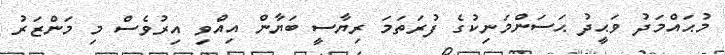
މުޙައްމަދު ވަޙީދު ޙަސަންމަނިކުގެ ފުރަތަމަ ރިޔާސީ ބަޔާން އިއްވި އިރުވެސް މި މަންޒަރު